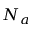
N _ { a }